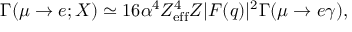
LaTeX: \Gamma ( \mu \rightarrow e ; X ) \simeq 1 6 \alpha ^ { 4 } Z _ { \mathrm { e f f } } ^ { 4 } Z | F ( q ) | ^ { 2 } \Gamma ( \mu \rightarrow e \gamma ) ,